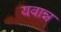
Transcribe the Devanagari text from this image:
यवान्न